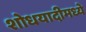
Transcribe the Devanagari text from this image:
शोधयादीमध्ये